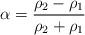
LaTeX: \begin{align*}\alpha = \frac{\rho_2-\rho_1}{\rho_2+\rho_1}\end{align*}